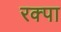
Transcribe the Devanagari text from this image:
रक्पा